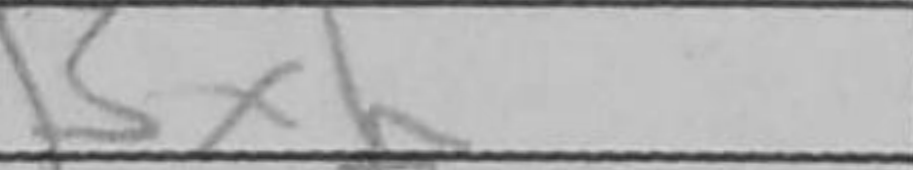
Transcription: Bxh